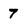
Character: 7